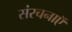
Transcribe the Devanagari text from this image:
संरचनाऍ